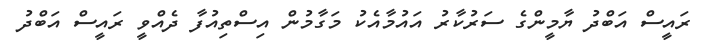
ރައީސް އަބްދު ޔާމީންގެ ސަރުކާރު އައުމާއެކު މަގާމުން އިސްތިއުފާ ދެއްވީ ރައީސް އަބްދު